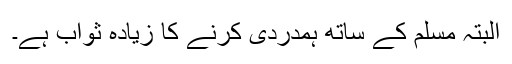
البتہ مسلم کے ساتھ ہمدردی کرنے کا زیادہ ثواب ہے۔